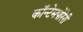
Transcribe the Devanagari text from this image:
कॉन्टेमपोरेरी